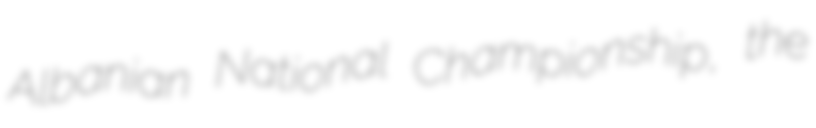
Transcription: Albanian National Championship, the